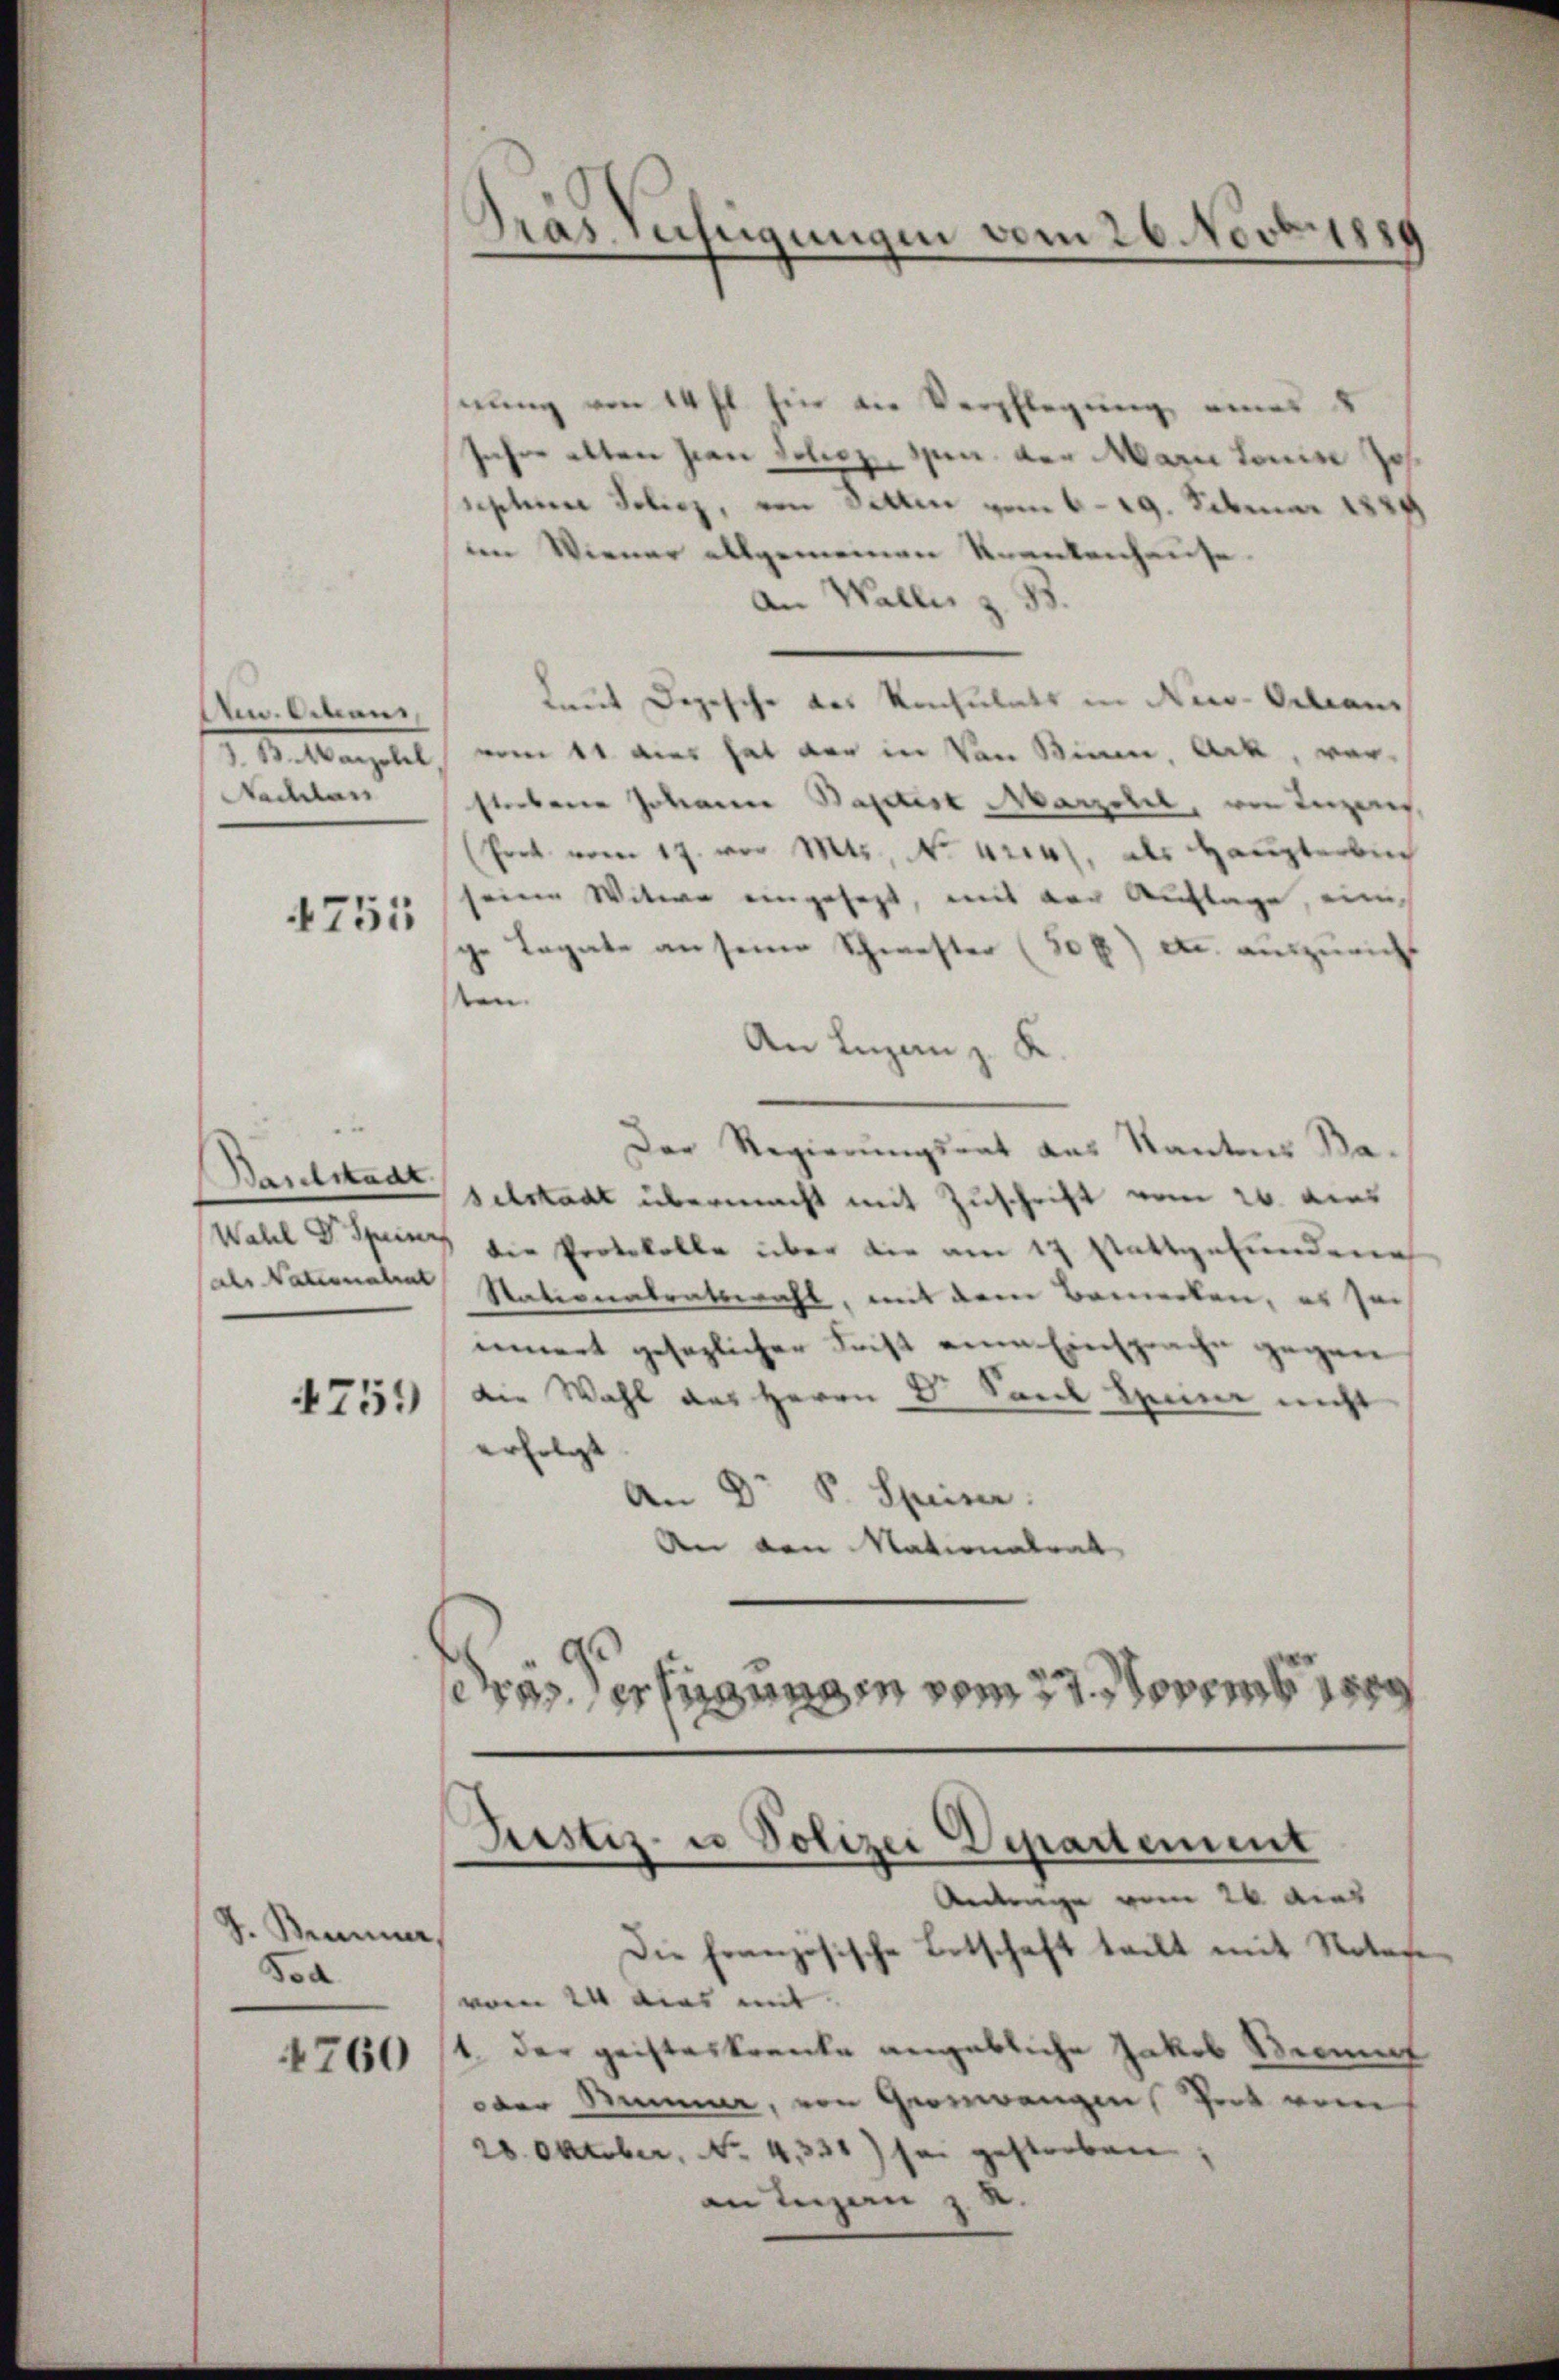
Am. Odhaus,
Nachlass

4751

Baselstadt
Wahl der Speiner

4759

J. Brunner,
oa

4760

nung von 14 fl. hin die Verschlagung eines
seher alten sian Delicz spen, der Marie Louise zo
sephine Foliez, von Sitten vom 6. 19. Februar 1824
im Wiener allgemeinen Krankenhause
An Waller z. B
Laut Depesche das Konsulats in New-Orleans
S. B. Marschl vom 11 dies hat der in Von Bine, Ark, vorstrebene Johann Baptist Marzell, von Ingens
(Prok. vom 17. vor Mts., N. tritt, als Haupterbuch
seine Witwe eingesagt, mit der Auflage, einige Legate an seine Schwester (508) etc. auszuricht
ten
An Lizen z. K.
Der Regierungsrat aus Kantons Ba-
selstadt übermacht mit Zuschrift vom 26. dies
die Protokolle über die am 17 stattgefundene
sale Nationalen Nationalratswahl, mit dem Bemerken, es sei
innert gesezlicher Frist eine Einsprache gegen
die Wahl des Herrn Dr. Sand Seine nicht
erfolgt
An Dr S. Speiser.
An von Nationalrat
eiss der Eignng in vom 27. November

Gras Suchtigungen vom 26. Novbr
d

Justiz- u Polizei Departement

Antrage vom 26. dies
Die Französische Betschaft tritt mit Notare
vom 24 dies mit
1. der geisteskranke angebliche Jakob Brennt
oder Summe, von Generwangen, Zeit vom
28. Oktober, No. 4331) sei gestorben,
an Luzern z. R.